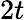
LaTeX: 2t